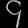
Digit: ၄